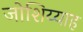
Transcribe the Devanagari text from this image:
जोशिय्याह